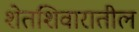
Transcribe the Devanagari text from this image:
शेतशिवारातील